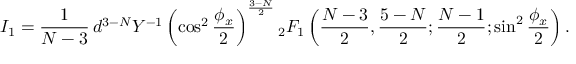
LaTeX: { } I _ { 1 } = \frac { 1 } { N - 3 } \, { d ^ { 3 - N } } { Y ^ { - 1 } } \left( \cos ^ { 2 } \frac { \phi _ { x } } { 2 } \right) ^ { \frac { 3 - N } { 2 } } { } _ { 2 } F _ { 1 } \left( \frac { N - 3 } { 2 } , \frac { 5 - N } { 2 } ; \frac { N - 1 } { 2 } ; \sin ^ { 2 } \frac { \phi _ { x } } { 2 } \right) .